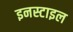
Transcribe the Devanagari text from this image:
इनस्टाइल